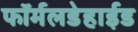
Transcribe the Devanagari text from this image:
फॉर्मलडेहाईड